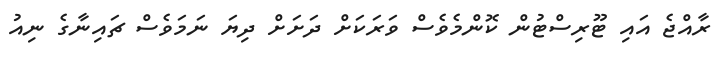
ރާއްޖެ އައި ޓޫރިސްޓުން ކޮންމެވެސް ވަރަކަށް ދަށަށް ދިޔަ ނަމަވެސް ޗައިނާގެ ނިއު